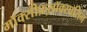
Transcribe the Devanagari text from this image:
मॉक्सीफ़्लॉक्सासिन